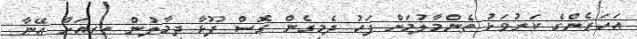
އަހަރެންގެ ކަރުވަޅު ތެންމާލުމަށް ފަހު ދެމިގެން ގޮސް ފޫޅާ ދިމާލުން ތިރިއަށް އޭނާ